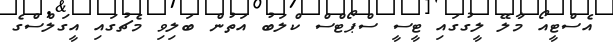
އެސްޓީއޯ މާލޭ ލީގުގައި ޓީސީ ސްޕޯޓްސް ކްލަބު އަތުން ބަލިވި މެޗުގައި އީގަލްސްގެ